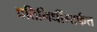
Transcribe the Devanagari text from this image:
प्रतिनिधींमार्फत